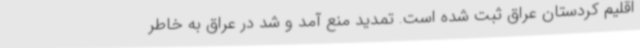
اقلیم کردستان عراق ثبت شده است. تمدید منع آمد و شد در عراق به خاطر